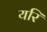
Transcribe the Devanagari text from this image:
यरि